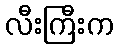
လီးကြီးက